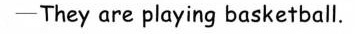
—They are playing basketball.